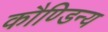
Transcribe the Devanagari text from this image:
कौण्डिन्य